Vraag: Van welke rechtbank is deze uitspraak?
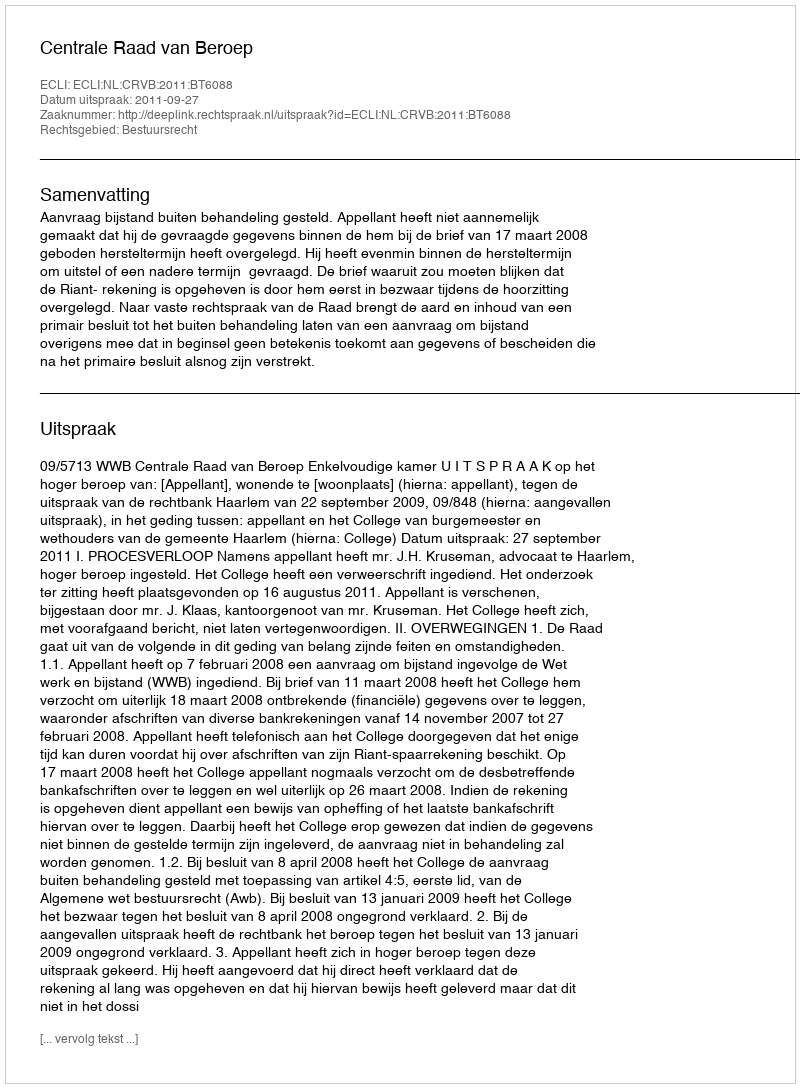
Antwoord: Centrale Raad van Beroep